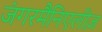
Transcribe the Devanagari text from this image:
जंगरमैनिएलीज़